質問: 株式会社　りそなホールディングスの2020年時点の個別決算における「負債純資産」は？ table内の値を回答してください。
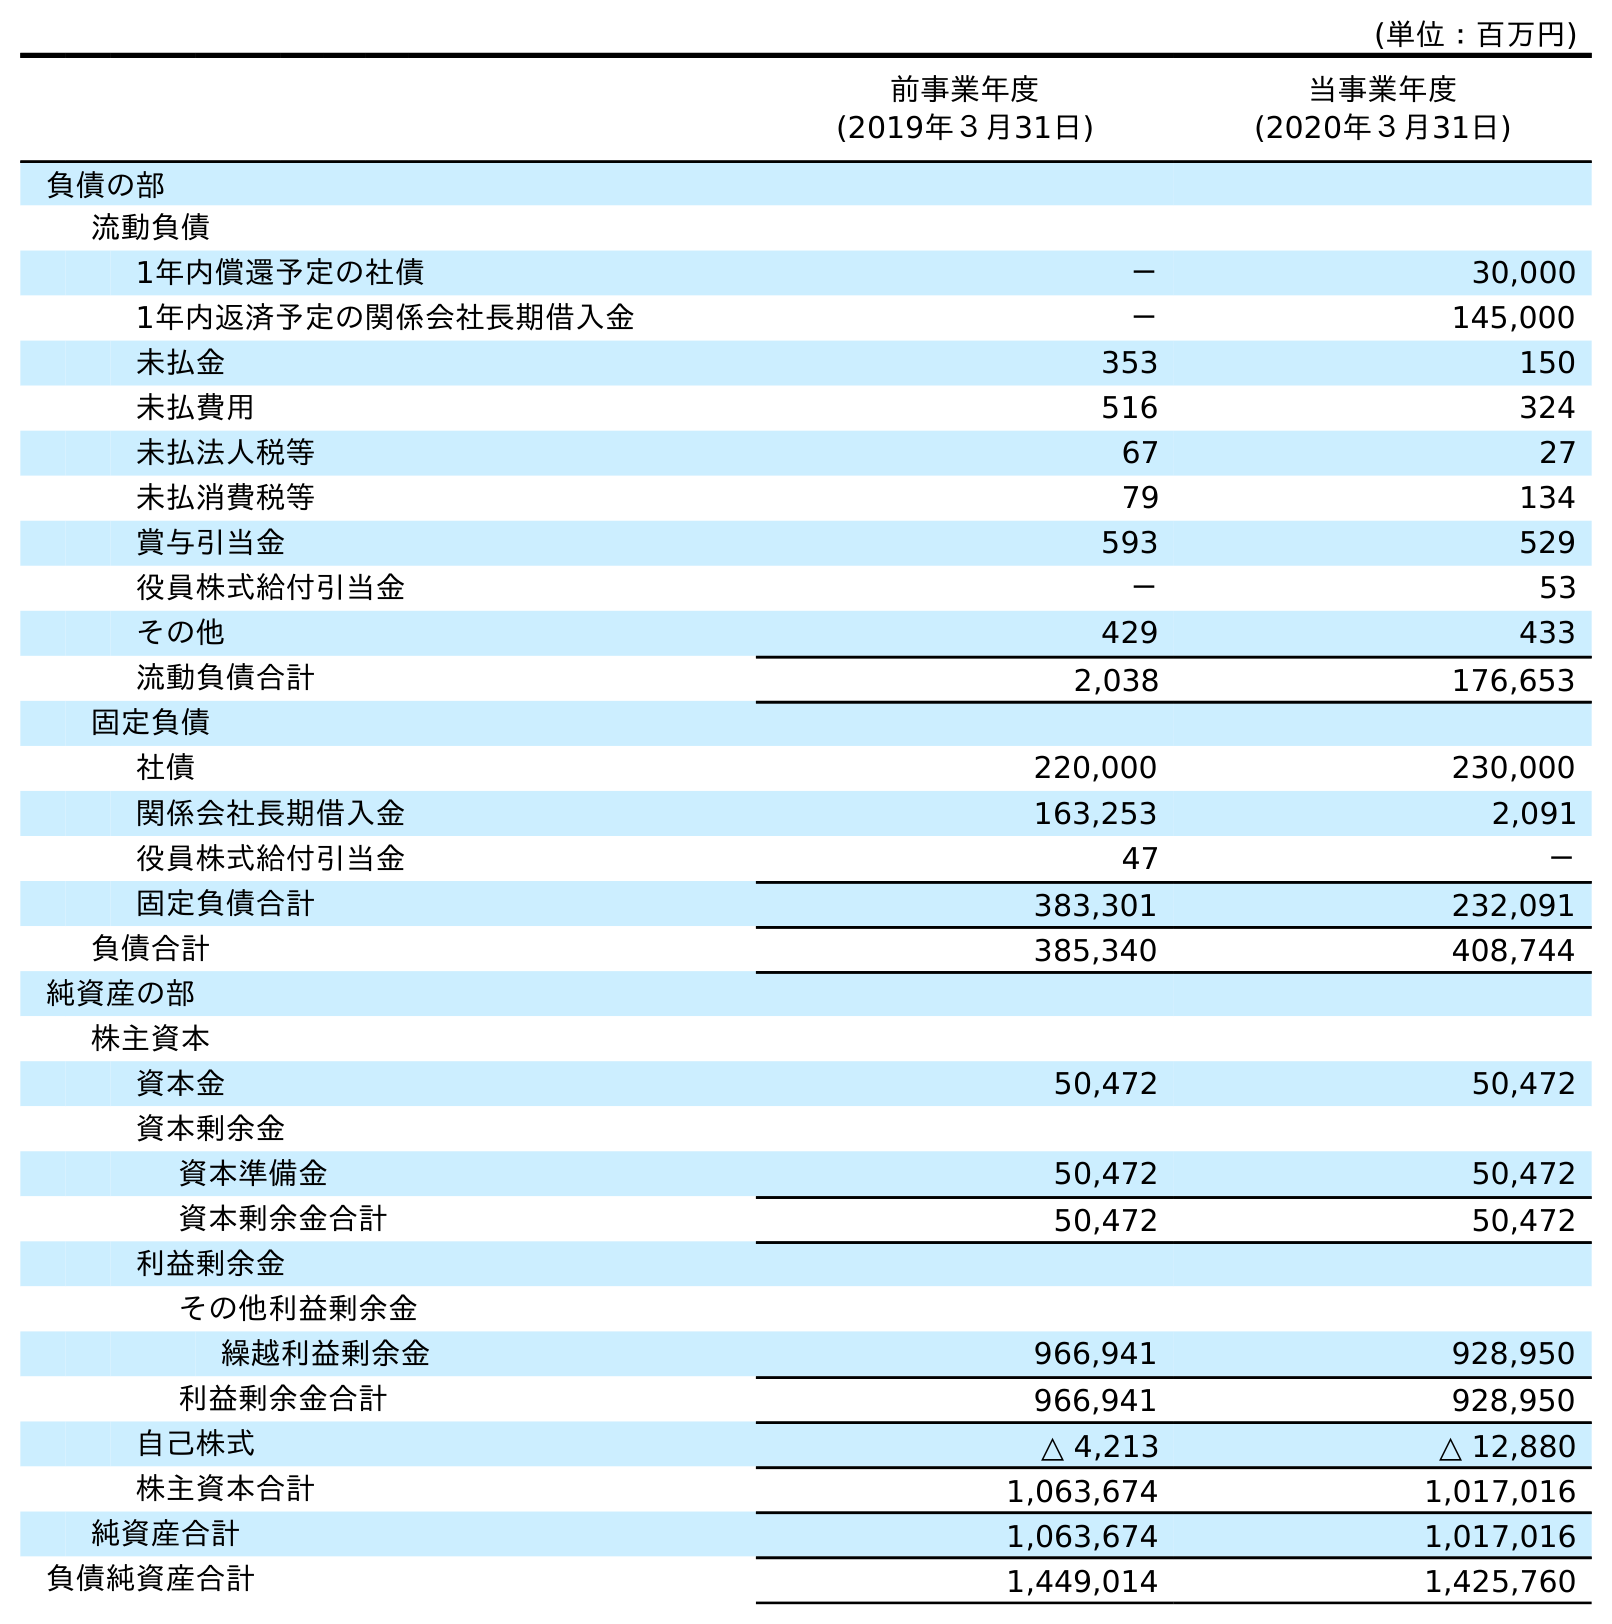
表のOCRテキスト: (単位：百万円) 前事業年度 (2019年３月31日) 当事業年度 (2020年３月31日) 負債の部 流動負債 1年内償還予定の社債 － 30,000 1年内返済予定の関係会社長期借入金 － 145,000 未払金 353 150 未払費用 516 324 未払法人税等 67 27 未払消費税等 79 134 賞与引当金 593 529 役員株式給付引当金 － 53 その他 429 433 流動負債合計 2,038 176,653 固定負債 社債 220,000 230,000 関係会社長期借入金 163,253 2,091 役員株式給付引当金 47 － 固定負債合計 383,301 232,091 負債合計 385,340 408,744 純資産の部 株主資本 資本金 50,472 50,472 資本剰余金 資本準備金 50,472 50,472 資本剰余金合計 50,472 50,472 利益剰余金 その他利益剰余金 繰越利益剰余金 966,941 928,950 利益剰余金合計 966,941 928,950 自己株式 △ 4,213 △ 12,880 株主資本合計 1,063,674 1,017,016 純資産合計 1,063,674 1,017,016 負債純資産合計 1,449,014 1,425,760
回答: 1,425,760